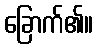
ခြောက်၏။